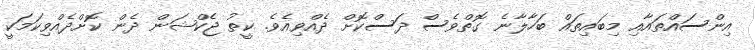
އިންސައްތައާއި މިބައިތައް ބަހާލާނެ ގޮތްވެސް ދަސްކޮށް ދެއްވިއެވެ. ކީތު ޖެކްޝަން ދެން ކޮށްދެއްވިކަމަކީ